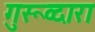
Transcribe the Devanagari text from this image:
गुरूव्‍दारा